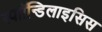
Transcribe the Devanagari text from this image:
स्पाॉन्डिलाइसिस